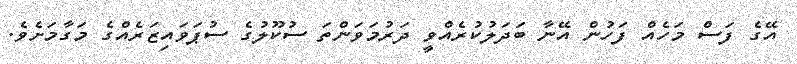
އޭގެ ފަސް މަހެއް ފަހުން އޭނާ ބަދަލުކުރެއްވީ ދަރުމަވަންތަ ސުކޫލުގެ ސުޕަވައިޒަރެއްގެ މަގާމަށެވެ.